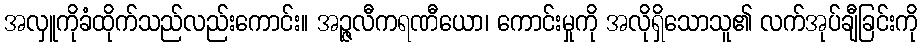
အလှူကိုခံထိုက်သည်လည်းကောင်း။ အဉ္ဇလီကရဏီယော၊ ကောင်းမှုကို အလိုရှိသောသူ၏ လက်အုပ်ချီခြင်းကို